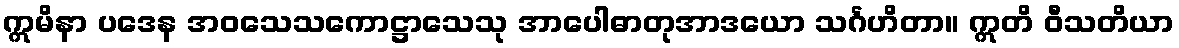
ဣမိနာ ပဒေန အဝသေသကောဋ္ဌာသေသု အာပေါဓာတုအာဒယော သင်္ဂဟိတာ။ ဣတိ ဝီသတိယာ